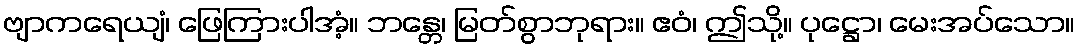
ဗျာကရေယျံ၊ ဖြေကြားပါအံ့။ ဘန္တေ၊ မြတ်စွာဘုရား။ ဧဝံ၊ ဤသို့။ ပုဋ္ဌော၊ မေးအပ်သော။